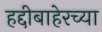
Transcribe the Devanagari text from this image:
हद्दीबाहेरच्या